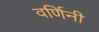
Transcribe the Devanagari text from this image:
वर्णिनी